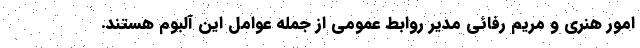
امور هنری و مریم رفائی مدیر روابط عمومی از جمله عوامل این آلبوم هستند.